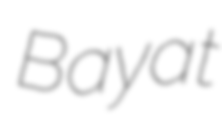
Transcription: Bayat